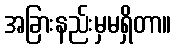
အခြားနည်းမှမရှိတာ။